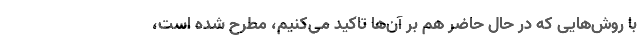
با روش‌هایی که در حال حاضر هم بر آن‌ها تاکید می‌کنیم، مطرح شده است،